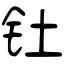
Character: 钍